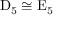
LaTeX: \mathrm { D } _ { 5 } \cong \mathrm { E } _ { 5 }